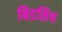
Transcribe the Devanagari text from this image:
बिडसिथ